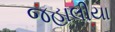
જહાલીયા